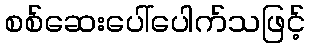
စစ်ဆေးပေါ်ပေါက်သဖြင့်